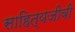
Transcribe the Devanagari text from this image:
साहित्यजीवी